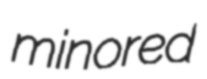
minored